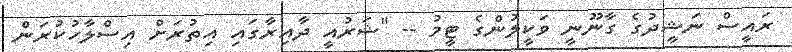
ރައީސް ނަޝީދުގެ ގާނޫނީ ވަކީލުންގެ ޓީމު -- "ޝަރުއީ ދާއިރާގައި އިތުރަށް އިސްލާހުކުރަން